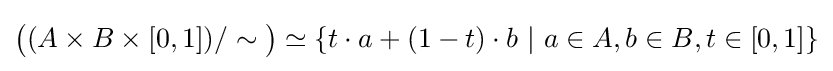
{\big (}(A\times B\times [0,1])/\sim {\big )}\simeq \{t\cdot a+(1-t)\cdot b~|~a\in A,b\in B,t\in [0,1]\}